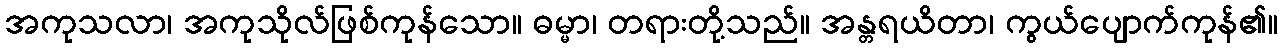
အကုသလာ၊ အကုသိုလ်ဖြစ်ကုန်သော။ ဓမ္မာ၊ တရားတို့သည်။ အန္တရယိတာ၊ ကွယ်ပျောက်ကုန်၏။